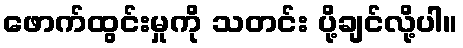
ဖောက်ထွင်းမှုကို သတင်း ပို့ချင်လို့ပါ။